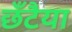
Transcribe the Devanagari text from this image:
छँटैया